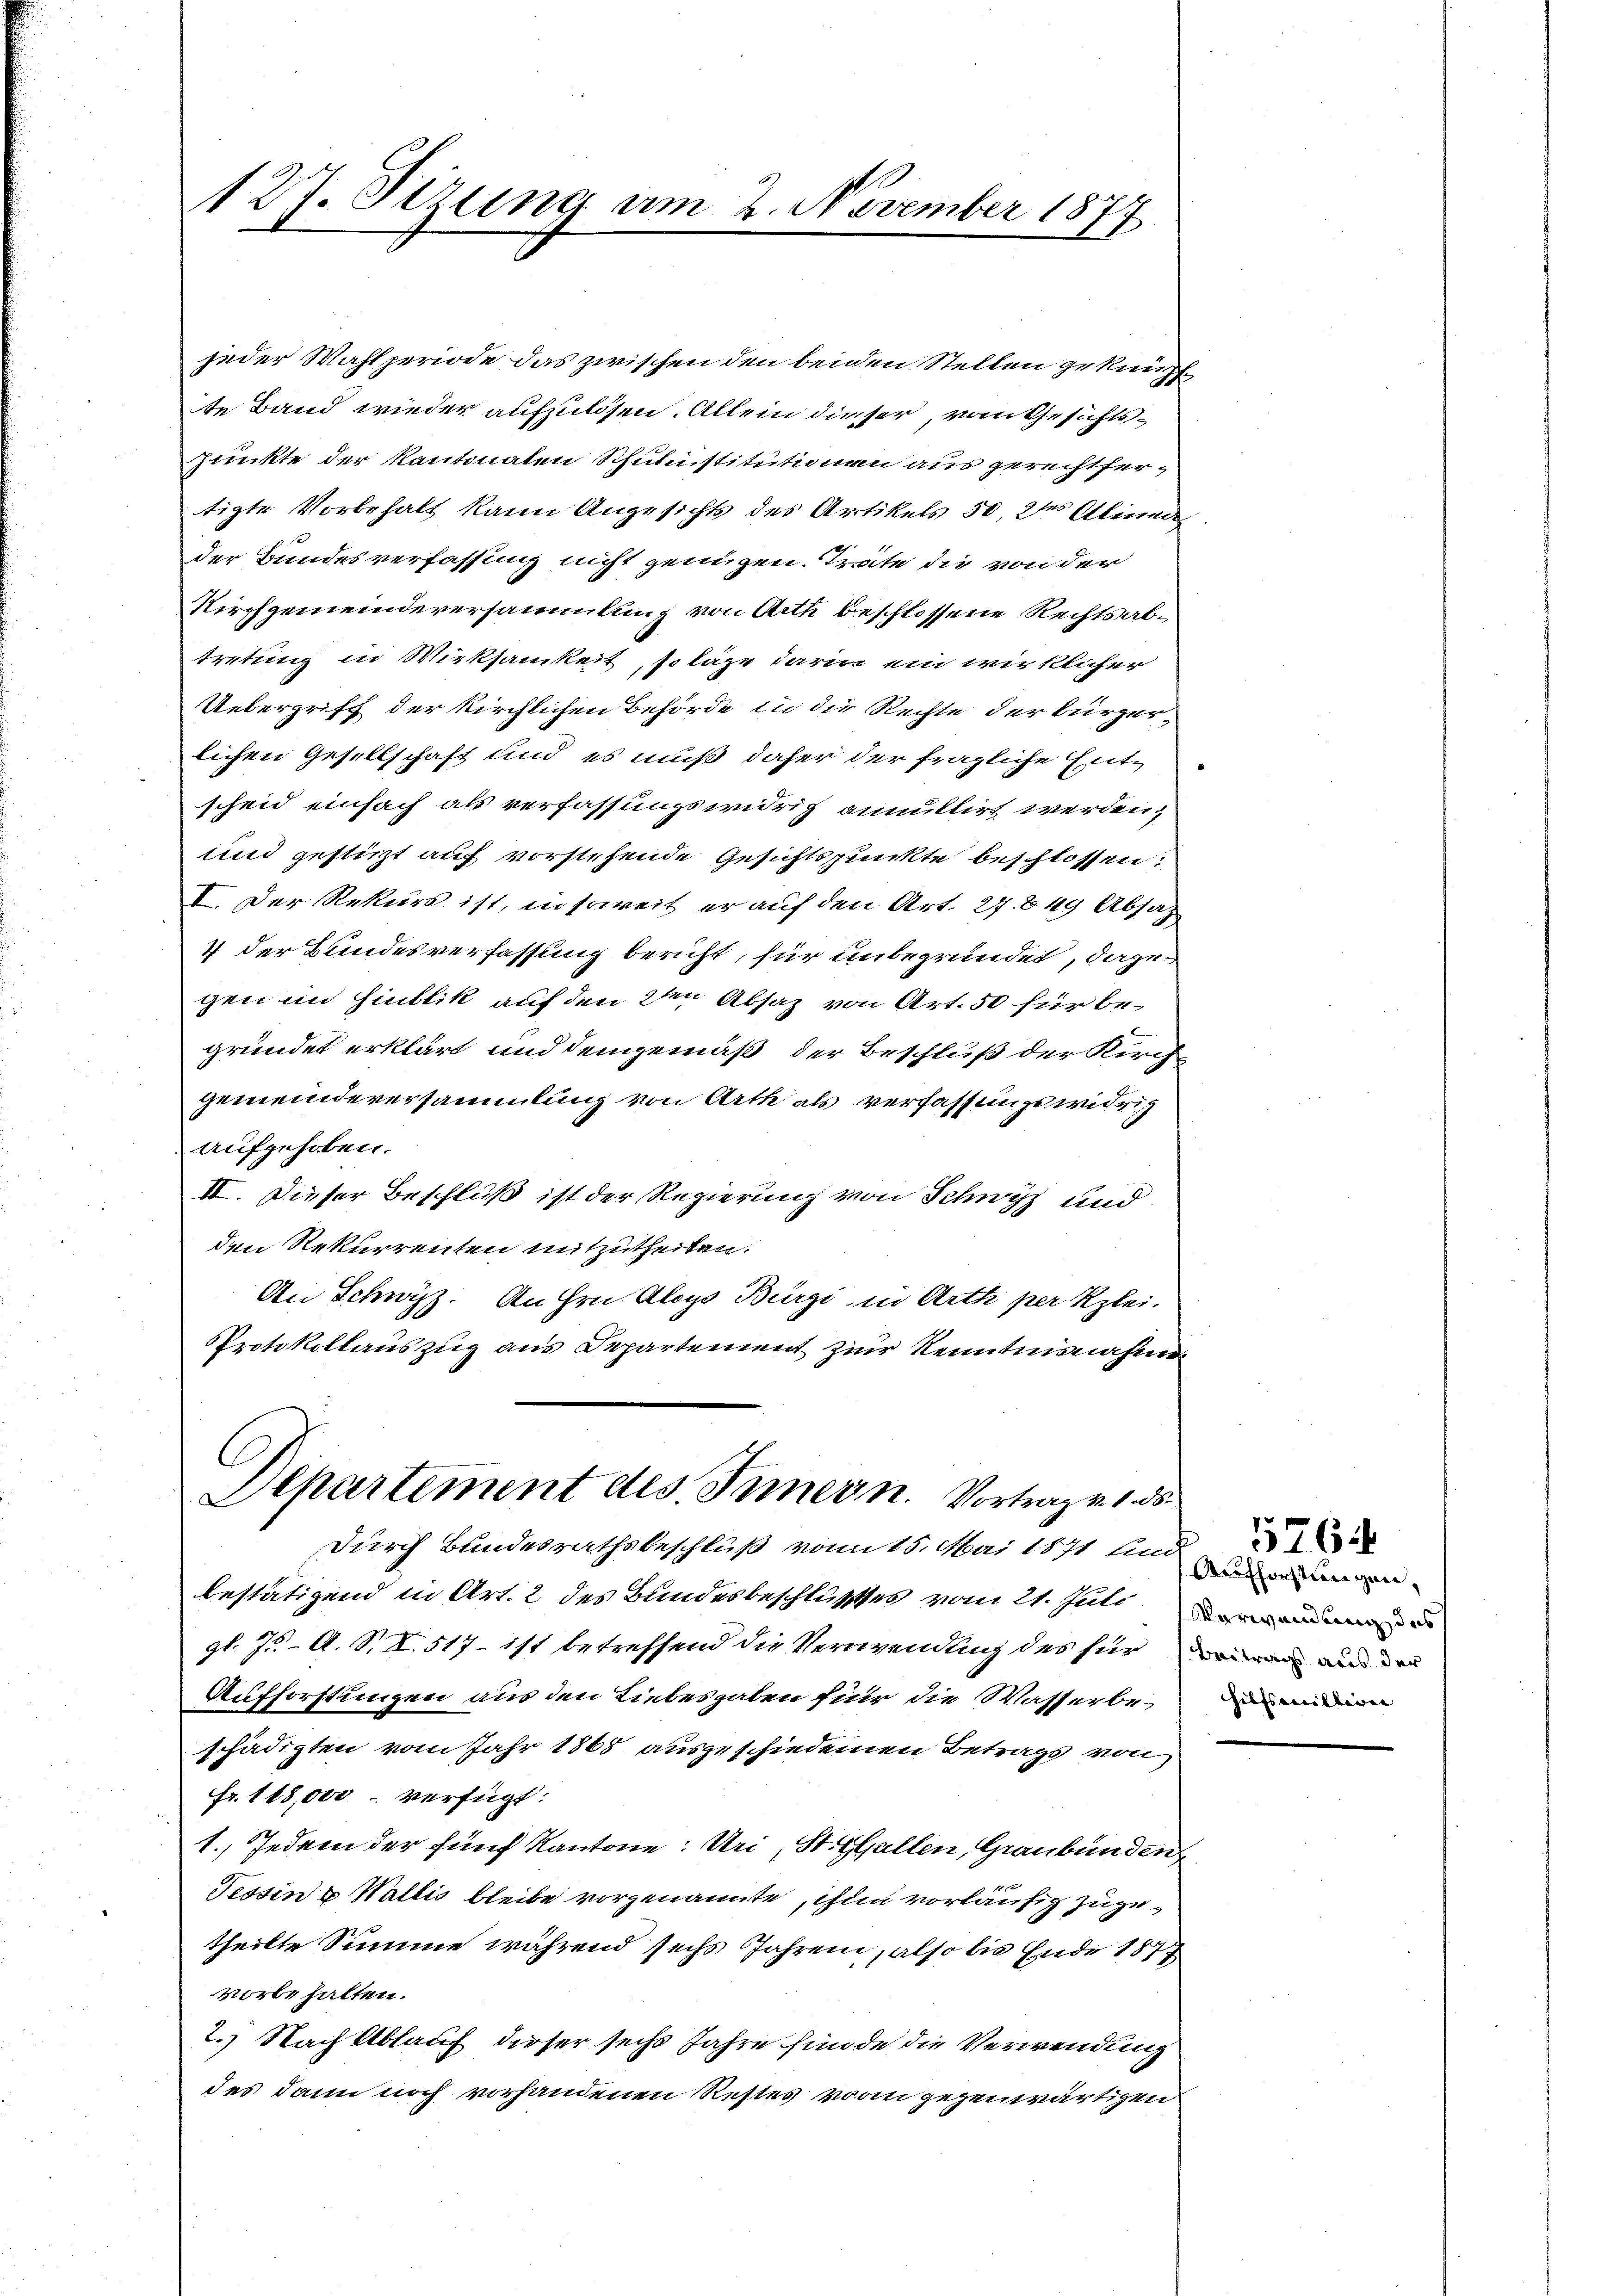
127. Sezung am 2. November 1877

jeder Wahl periode das zwischen den beiden Stellen gekünstte Band wieder aufzulösen. Allein dieser, vom Gesichtspunkte der Kantonaten Schulmistitutionen aus gerechtfertigte Vorbehalt kann Angesichts des Artikels 50, des Aliede
der Bundesverfassung nicht genügen. Träte die von der
Kirchgemeindeversammlung von Arth beschlossene Rechtsabtretung in Wirksamkeit, so lage darin ein wirklicher
Uebergriff der kirchlichen Behörde in die Rechte der bürgerlichen Gesellschaft und es muß daher der fragliche Entscheid einfach als verfassungswidrig annullirt werden,
und gestürzt auf vorstehende Gesichtspunkte beschlossen:
I. Der Rekurs ist, insoweit er auf den Art. 27. 849 Absaz
4 der Bundesverfassung bericht, für unbegründet, dazu
gen im Hinblik auf den den Absaz von Art. 50 für begründet erklärt und demgemäß der Beschluß der Kirchgemeindeversammlung von Arth als verfassungswidrig
aufgehoben.
II. Dieser Beschluß ist der Regierung von Schwyz und
den Rekurrenten mitzutheilen.
An Schwyz. An Hrn. Aloys Bürgi in Arth per Klei-
Protokollauszug aus Departement zur Kenntnisnahme

Departement des Innern. Vortrage 1 35

Durch Bundesrathsbeschluß vom 15. Mai 1871 und
bestätigend in Art. 2 des Bundesbeschlusses vom 21. Julian
gl. J. A. S. I. 517 - ist betreffend die Verwendung des für war und der
Aufforstungen aus den Liebesgaben für die Wasserbe-
schädigten vom Jahr 1868 ausgeschiedenen Betrags von
fr. 118,000 verfügt:
1. Jedem der fünf Kantone: Uri, St. Gallen, Graubünden
Tessine Wallis bleibe vorgenannte, ihm vorläufig zuzutheilte Summe während sechs Jahren, also bis Ende 1877
vorbehalten.
2.) Nach Ablauf dieser sechs Jahre finde die Verwendung
des dann noch vorhandenen Restes von gegenwärtigen

Aufforstungen,
hilfsmillion |

576